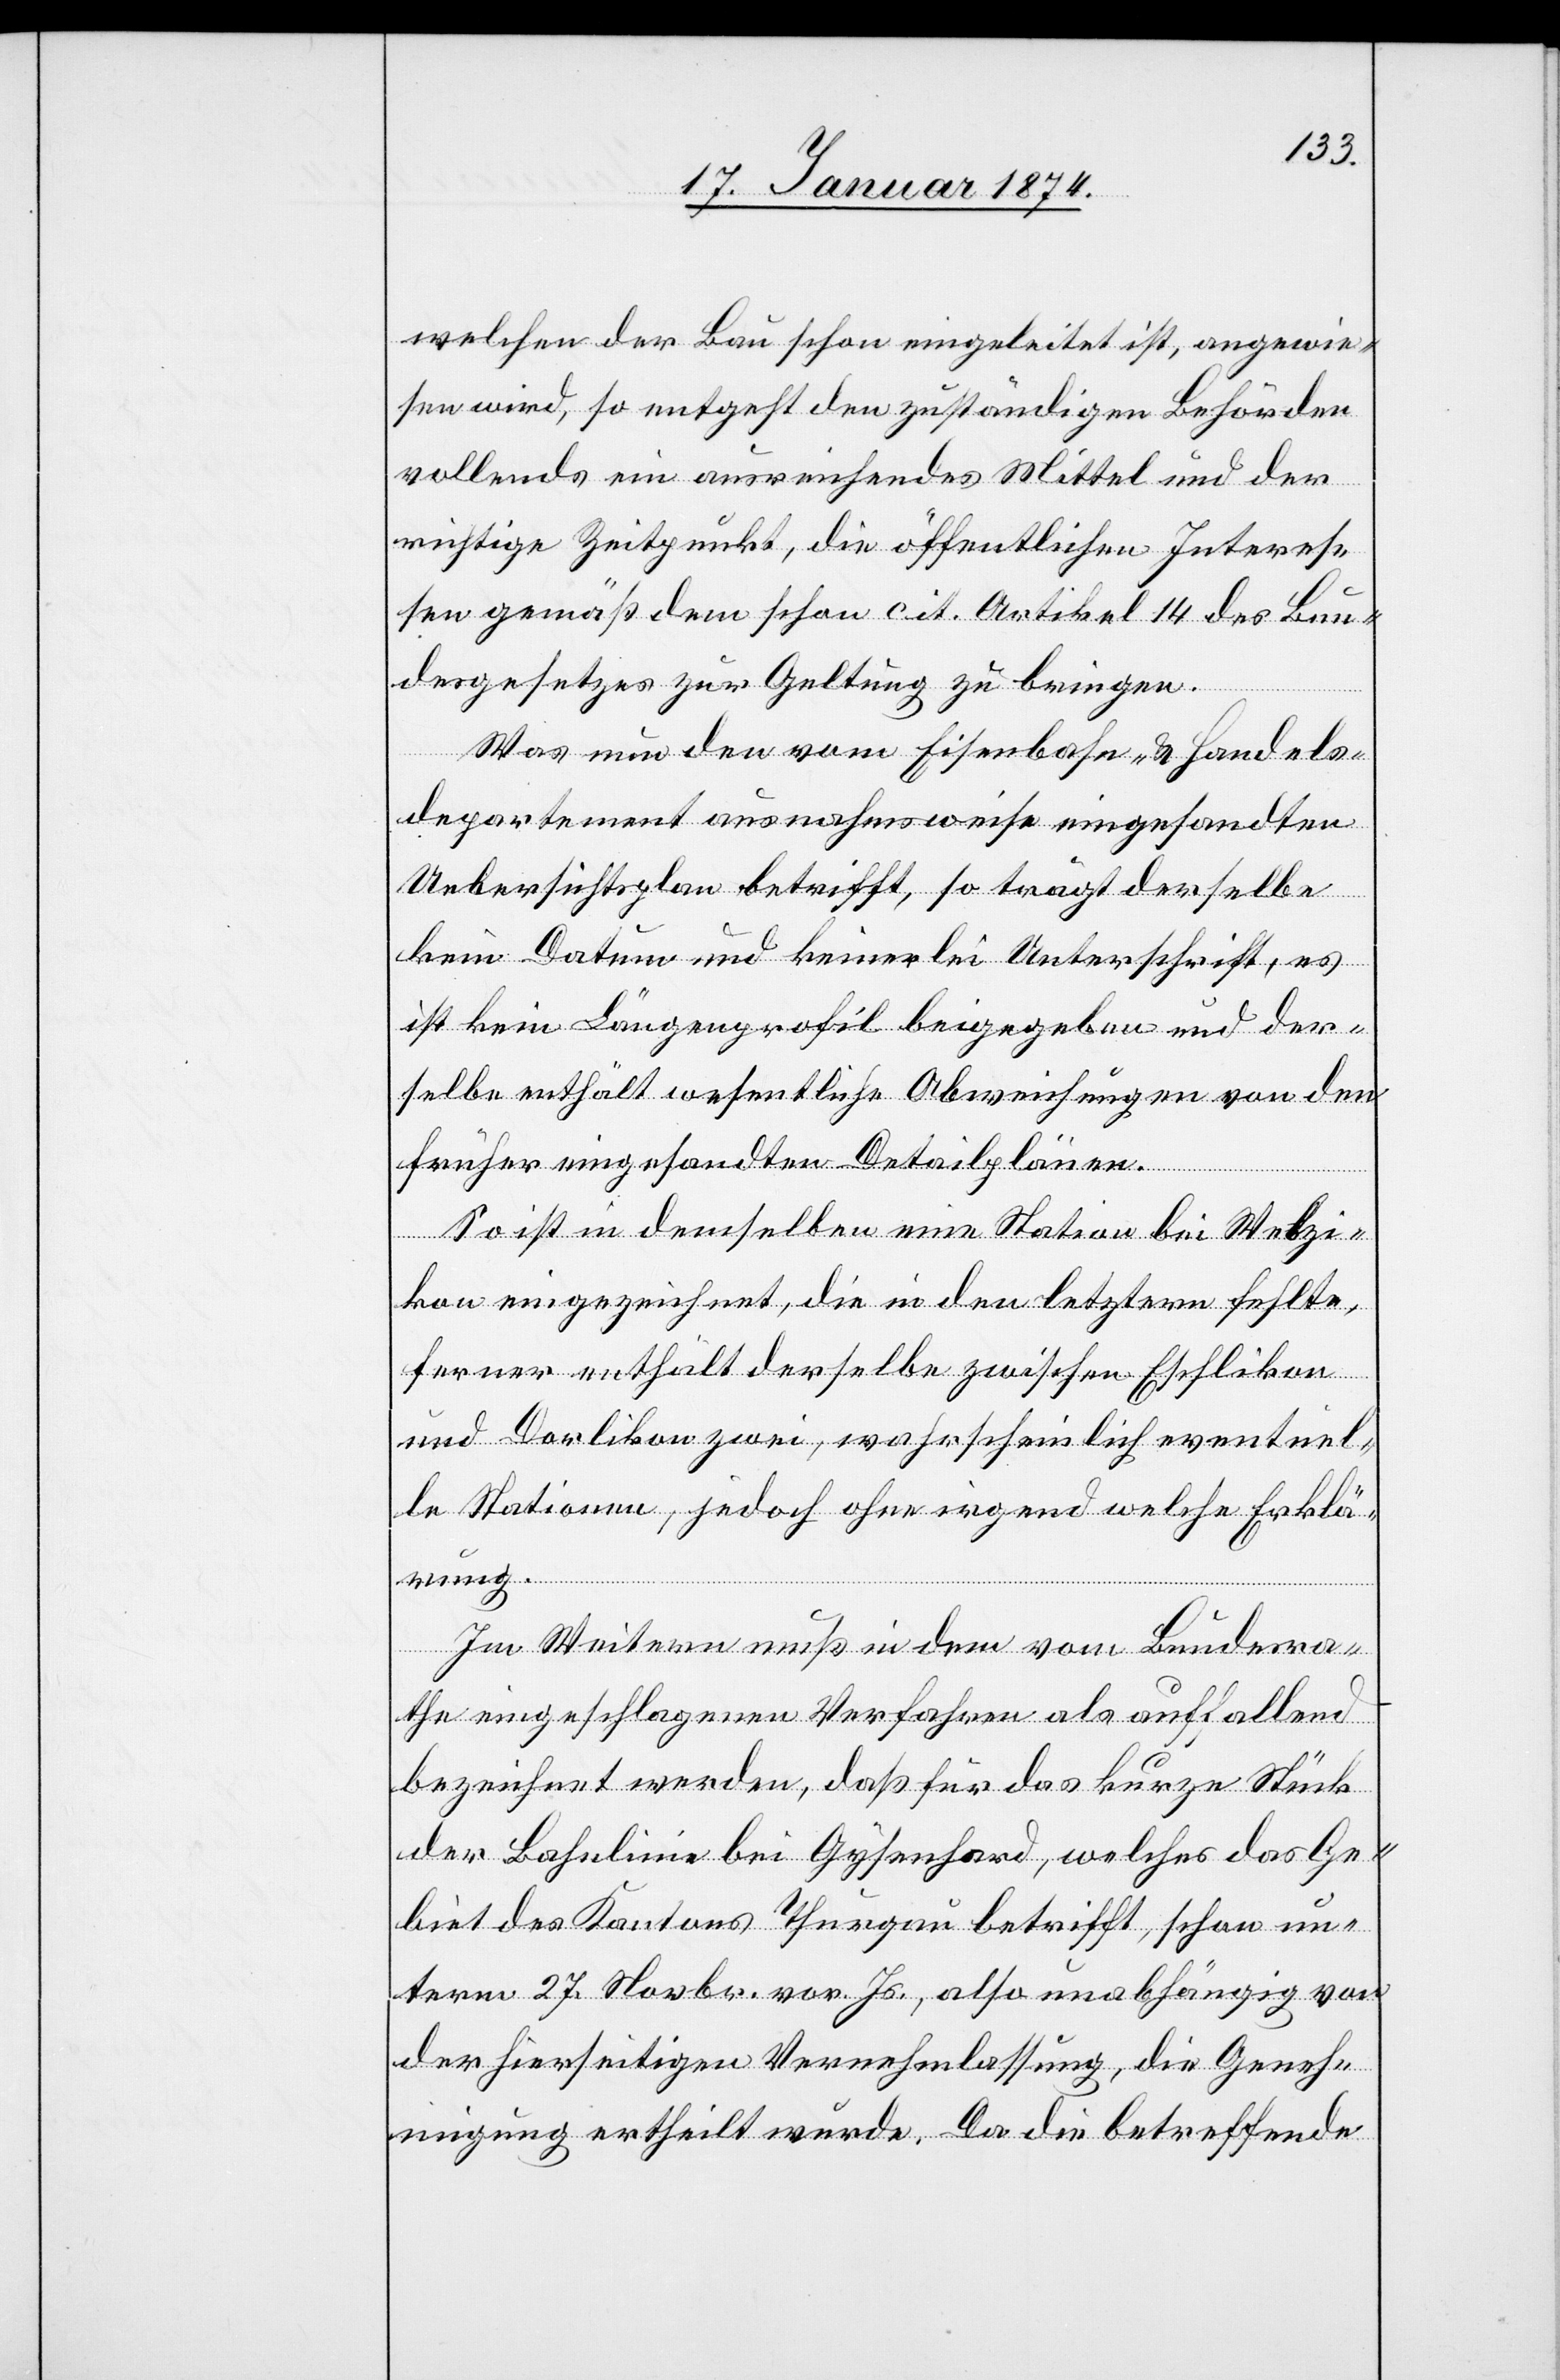
welchen der Bau schon eingeleitet ist, angewie¬
sen wird, so entgeht den zuständigen Behörden
vollends ein ausreichendes Mittel und der
richtige Zeitpunkt, die öffentlichen Interesesen
gemäß dem schon cit. Artikel 14 des Bun¬
desgesetzes zur Geltung zu bringen.
Was nun den vom Eisenbahn- & Handels¬
departement ausnahmsweise eingesandten
Uebersichtsplan betrifft, so trägt derselbe
kein Datum und keinerlei Unterschrift, es
ist kein Längenprofil beigegeben und der¬
selbe enthält wesentliche Abweichungen von den
früher eingesandten Detailplänen.
So ist in demselben eine Station bei Wetzi¬
kon eingezeichnet, die in den letztern fehlte,
ferner enthält derselbe zwischen Eschlikon
und Dorlikon zwei, wahrscheinlich eventuel¬
le Stationen, jedoch ohne irgend welche Erklä¬
rung.
Im Weitern muß in dem vom Bundesra¬
the eingeschlagenen Verfahren als auffallend
bezeichnet werden, daß für das kurze Stück
der Bahnlinie bei Gysenhard, welches das Ge¬
biet des Kantons Thurgau betrifft, schon un¬
term 27. Novbr. vor. Js., also unabhängig von
der hierseitigen Vernehmlassung, die Geneh¬
migung ertheilt wurde. Da die betreffende